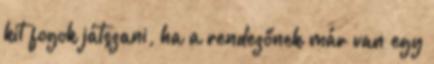
kit fogok játszani, ha a rendezőnek már van egy